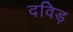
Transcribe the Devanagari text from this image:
दविड़